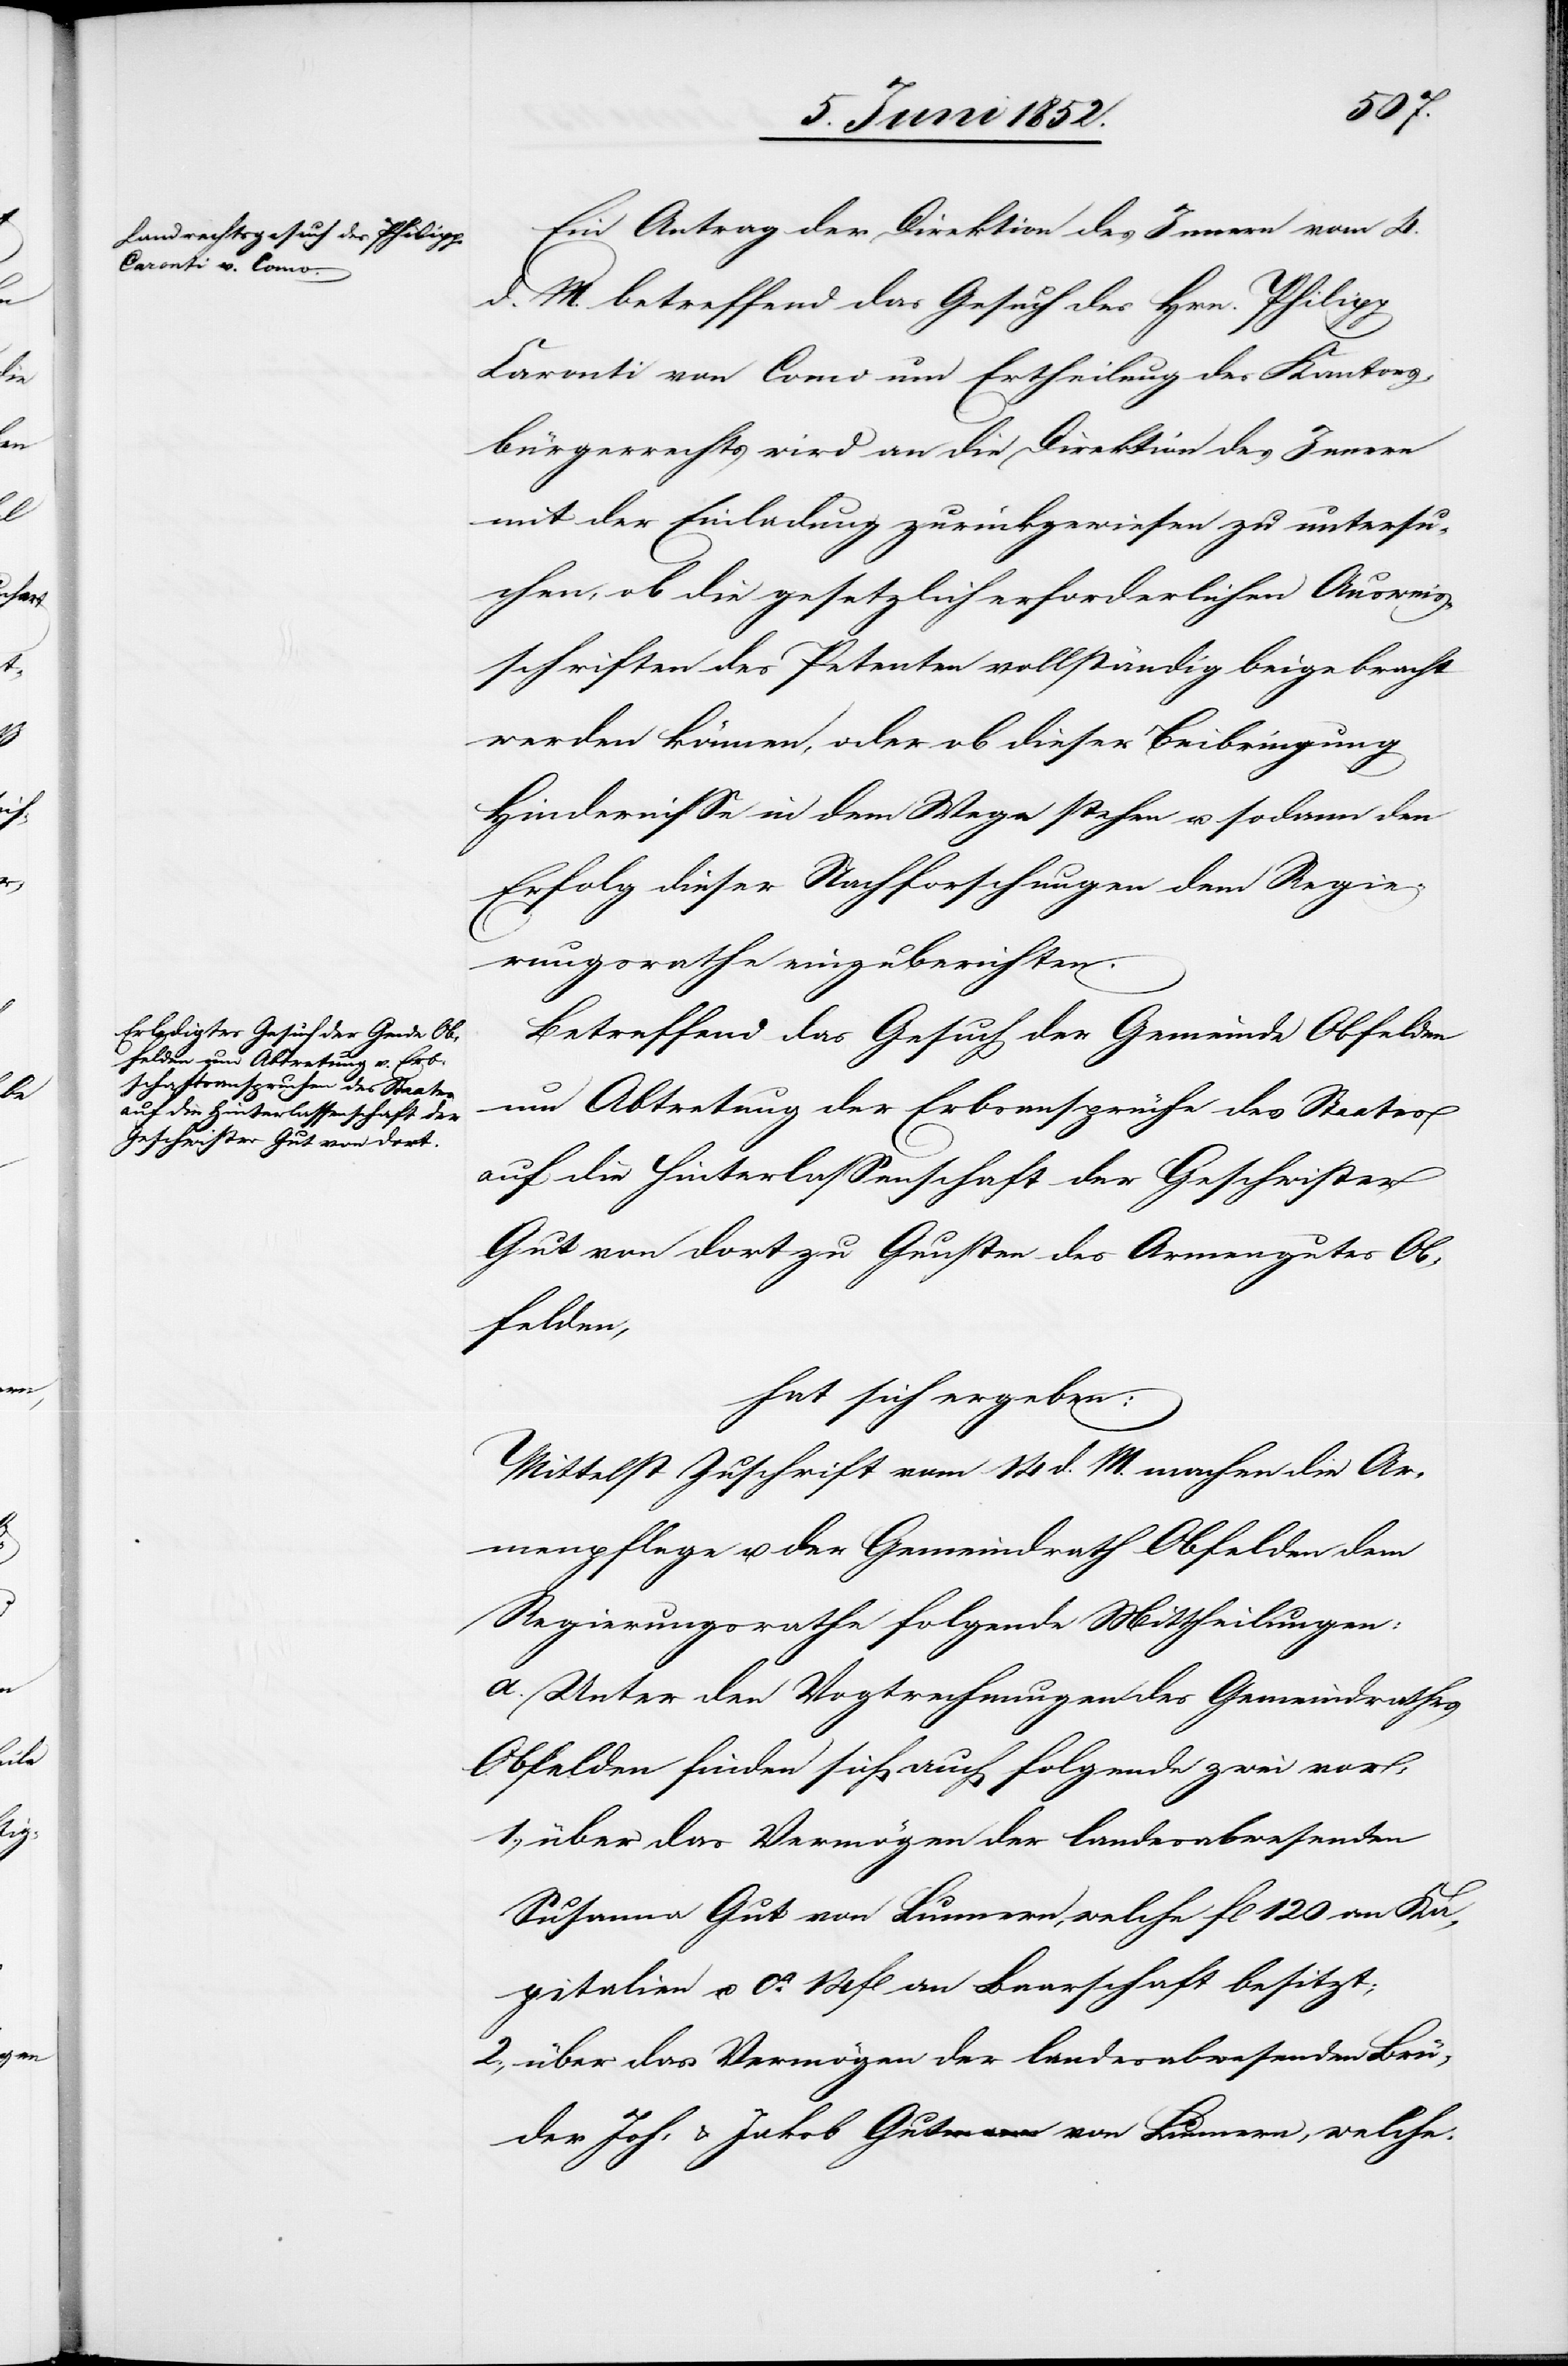
2.,

Brü¬

Ein Antrag der Direktion des Innern vom 4.
d. M. betreffend das Gesuch des Hrn. Philipp
Caronti von Como um Ertheilung des Kantons¬
bürgerrechts wird an die Direktion des Innern
mit der Einladung zurückgewiesen zu untersu¬
chen, ob die gesetzlich erforderlichen Ausweis¬
schriften des Petenten vollständig beigebracht
werden können, oder ob dieser Beibringung
Hindernisse in dem Wege stehen u. sodann den
Erfolg dieser Nachforschungen dem Regie¬
rungsrathe einzuberichten.
Betreffend das Gesuch der Gemeinde Obfelden
um Abtretung der Erbsansprüche des Staates
auf die Hinterlassenschaft der Geschwister
Gut von dort zu Gunsten des Armengutes Ob¬
felden,
hat sich ergeben:
Mittelst Zuschrift vom 14 d. M. machen die Ar¬
menpflege u. der Gemeindrath Obfelden dem
Regierungsrathe folgende Mittheilungen:
a. Unter den Vogtrechnungen des Gemeindrathes
Obfelden finden sich auch folgende zwei vor:
über das Vermögen der landesabwesenden
Susanna Gut von Lunnern, welche fl 120 an Ka¬
pitalien u. ca. 14 fl an Baarschaft besitzt;
der Joh: & Jakob Gut von Lunnern, welche